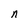
Character: n